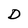
Character: D